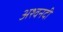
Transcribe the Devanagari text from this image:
अश्वनदी